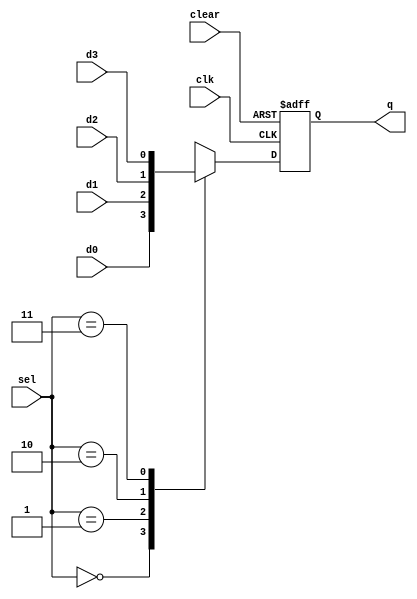

// D flip-flop with a 2-bit input selector

module sel_ff
	(input d3, d2, d1, d0, clk, clear,
	 input [1:0] sel,
	 output reg q);
	 
	 
	always@(posedge clk or posedge clear) begin
		if(clear) q <= 0;
		else begin
			case(sel) 
				2'b00:	q <= d0;
				2'b01:	q <= d1;
				2'b10:	q <= d2;
				2'b11:	q <= d3;
			endcase
		end
	end
	
endmodule